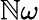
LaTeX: \mathbb{N}\omega